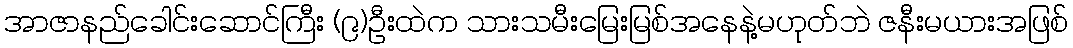
အာဇာနည်ခေါင်းဆောင်ကြီး (၉)ဦးထဲက သားသမီးမြေးမြစ်အနေနဲ့မဟုတ်ဘဲ ဇနီးမယားအဖြစ်